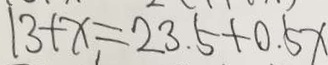
1 3 + x = 2 3 . 5 + 0 . 5 x